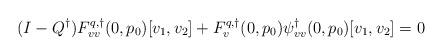
LaTeX: \begin{align*}(I-Q^\dagger)F^{q,\dagger}_{vv}(0,p_0)[v_1,v_2] + F^{q,\dagger}_v(0,p_0)\psi^\dagger_{vv}(0,p_0)[v_1,v_2] = 0\end{align*}